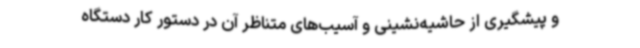
و پیشگیری از حاشیه‌نشینی و آسیب‌های متناظر آن در دستور کار دستگاه